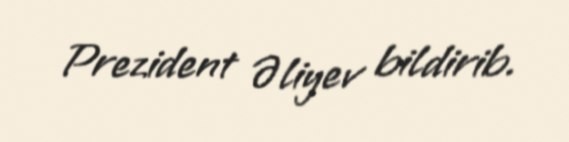
Prezident Əliyev bildirib.